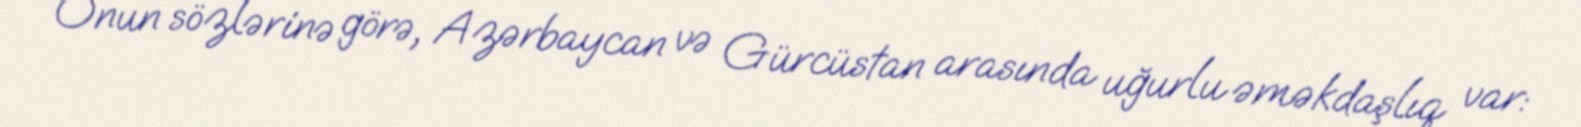
Onun sözlərinə görə, Azərbaycan və Gürcüstan arasında uğurlu əməkdaşlıq var: